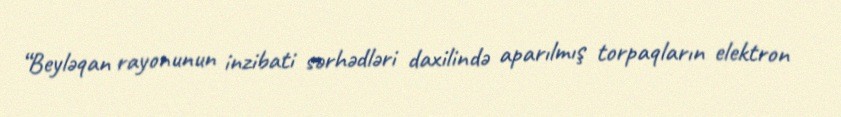
“Beyləqan rayonunun inzibati sərhədləri daxilində aparılmış torpaqların elektron